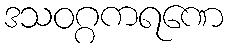
ဒသဝဂ္ဂကရဏေ